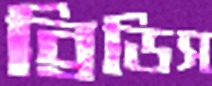
ব্রিডিস